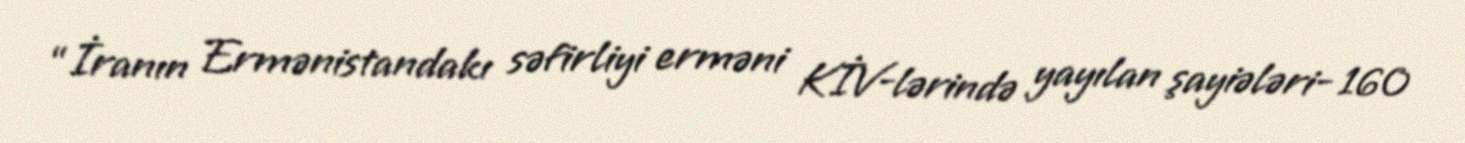
“İranın Ermənistandakı səfirliyi erməni KİV-lərində yayılan şayiələri- 160